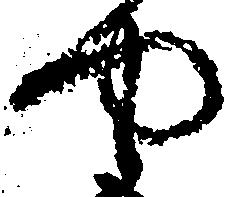
や